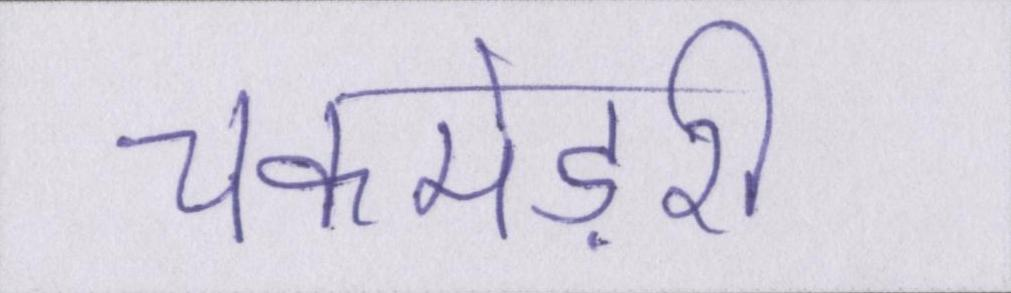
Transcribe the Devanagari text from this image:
चकमेड़री